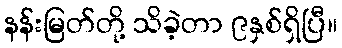
နန်းမြတ်တို့ သိခဲ့တာ ၉နှစ်ရှိပြီ။